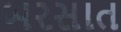
બરસાત